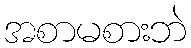
အစာမစားဘဲ